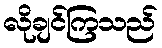
လိုချင်ကြသည်